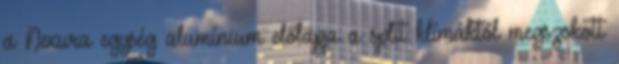
a Nexura egység alumínium előlapja a split klímáktól megszokott